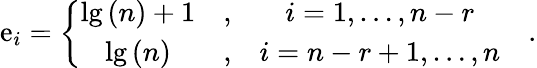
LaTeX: \mathrm{e}_{i}=\left\{ \begin{array}{ccc}{{\lg\left(n\right)+1}}&{{,}}&{{i=1,\ldots,n-r}}\\ {{\lg\left(n\right)}}&{{,}}&{{i=n-r+1,\ldots,n}}\end{array}\right.\quad.